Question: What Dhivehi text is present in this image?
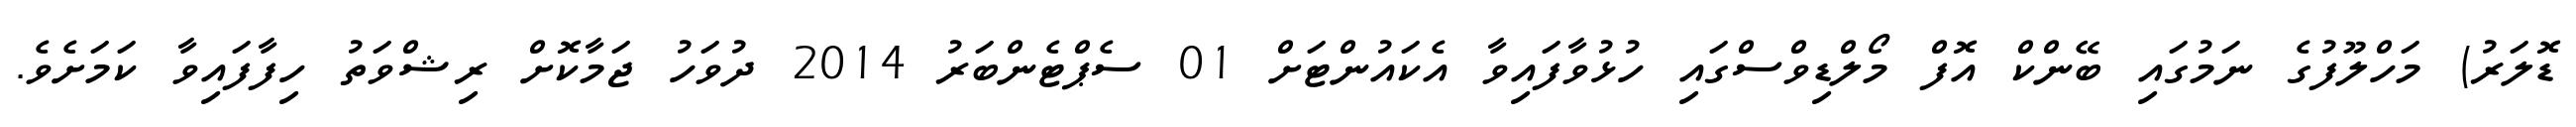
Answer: ޑޮލަރު) މަހްލޫފުގެ ނަމުގައި ބޭންކް އޮފް މޯލްޑިވްސްގައި ހުޅުވާފައިވާ އެކައުންޓަށް 01 ސެޕްޓެންބަރު 2014 ދުވަހު ޖަމާކޮށް ރިޝްވަތު ހިފާފައިވާ ކަމަށެވެ.